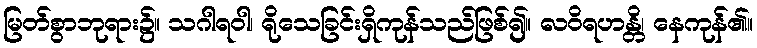
မြတ်စွာဘုရား၌။ သဂါရဝါ၊ ရိုသေခြင်းရှိကုန်သည်ဖြစ်၍။ လဝိရဟန္တိ၊ နေကုန်၏။